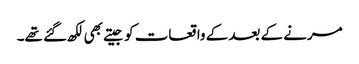
مرنے کے بعد کے واقعات کو جیتے بھی لکھ گئے تھے۔